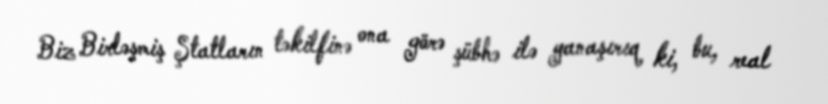
Biz Birləşmiş Ştatların təkilfinə ona görə şübhə ilə yanaşırıq ki, bu, real